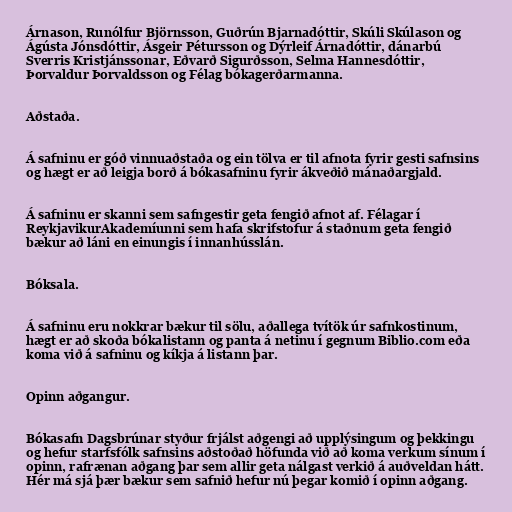
Árnason, Runólfur Björnsson, Guðrún Bjarnadóttir, Skúli Skúlason og
Ágústa Jónsdóttir, Ásgeir Pétursson og Dýrleif Árnadóttir, dánarbú
Sverris Kristjánssonar, Eðvarð Sigurðsson, Selma Hannesdóttir,
Þorvaldur Þorvaldsson og Félag bókagerðarmanna.

Aðstaða.

Á safninu er góð vinnuaðstaða og ein tölva er til afnota fyrir gesti safnsins
og hægt er að leigja borð á bókasafninu fyrir ákveðið mánaðargjald.

Á safninu er skanni sem safngestir geta fengið afnot af. Félagar í
ReykjavikurAkademíunni sem hafa skrifstofur á staðnum geta fengið
bækur að láni en einungis í innanhússlán.

Bóksala.

Á safninu eru nokkrar bækur til sölu, aðallega tvítök úr safnkostinum,
hægt er að skoða bókalistann og panta á netinu í gegnum Biblio.com eða
koma við á safninu og kíkja á listann þar.

Opinn aðgangur.

Bókasafn Dagsbrúnar styður frjálst aðgengi að upplýsingum og þekkingu
og hefur starfsfólk safnsins aðstoðað höfunda við að koma verkum sínum í
opinn, rafrænan aðgang þar sem allir geta nálgast verkið á auðveldan hátt.
Hér má sjá þær bækur sem safnið hefur nú þegar komið í opinn aðgang.